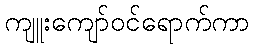
ကျူးကျော်ဝင်ရောက်ကာ